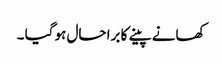
کھانے پینے کا برا حال ہو گیا ۔